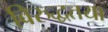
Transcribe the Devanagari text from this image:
विरुद्धतया